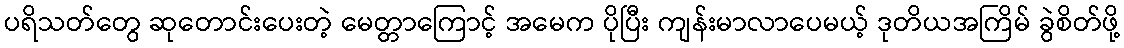
ပရိသတ်တွေ ဆုတောင်းပေးတဲ့ မေတ္တာကြောင့် အမေက ပိုပြီး ကျန်းမာလာပေမယ့် ဒုတိယအကြိမ် ခွဲစိတ်ဖို့